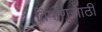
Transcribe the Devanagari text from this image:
विषाणूसाठी